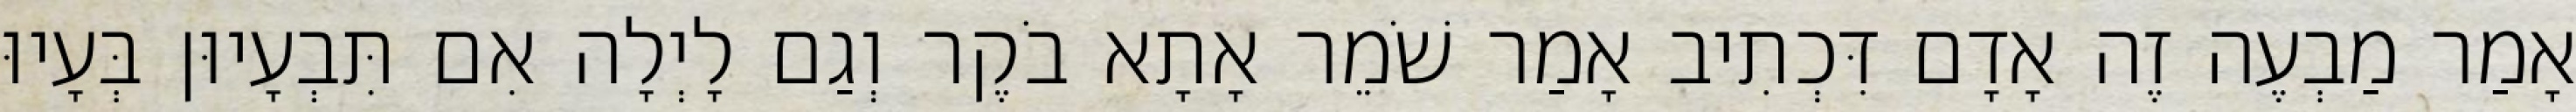
אָמַר מַבְעֶה זֶה אָדָם דִּכְתִיב אָמַר שֹׁמֵר אָתָא בֹקֶר וְגַם לָיְלָה אִם תִּבְעָיוּן בְּעָיוּ